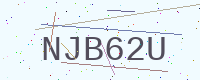
Text: NJB62U